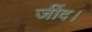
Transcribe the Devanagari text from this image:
जींद।